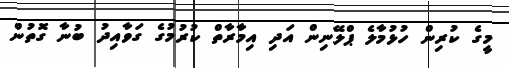
މީގެ ކުރިން ހުޅުމާލެ ޕްލޭނިން އަދި އިމާރާތް ކުރުމުގެ ގަވާއިދު ބުނާާ ގޮތުން